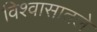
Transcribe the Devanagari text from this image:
विश्वासातले